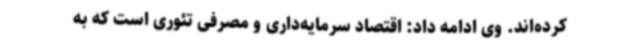
کرده‌اند. وی ادامه داد: اقتصاد سرمایه‌داری و مصرفی تئوری است که به